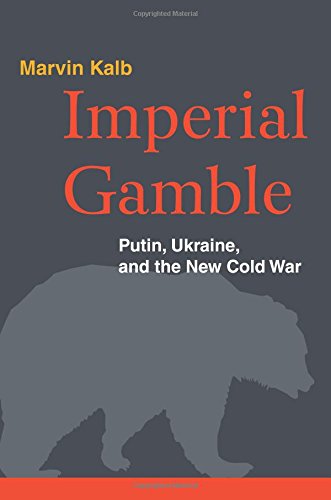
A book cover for Imperial Gamble: Putin, Ukraine, and the New Cold War; Marvin Kalb; Politics & Social Sciences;